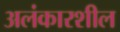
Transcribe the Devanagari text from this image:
अलंकारशील